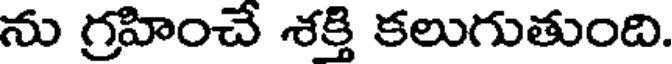
ను గ్రహించే శక్తి కలుగుతుంది.